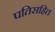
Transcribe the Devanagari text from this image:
पतिसहित